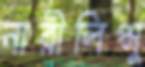
নারীলিপ্সু